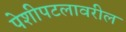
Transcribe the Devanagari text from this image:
पेशीपटलावरील